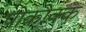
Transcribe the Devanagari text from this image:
पोकोक्क